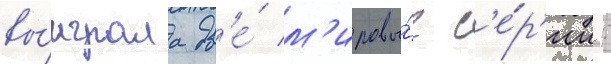
вы́играла дв'е́ м'ировы́е с'е́р'ии: